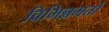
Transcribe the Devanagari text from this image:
विभिन्नमतों